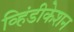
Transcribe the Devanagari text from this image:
व्हिंडीकेशन